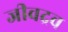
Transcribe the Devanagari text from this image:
जीवद्रव